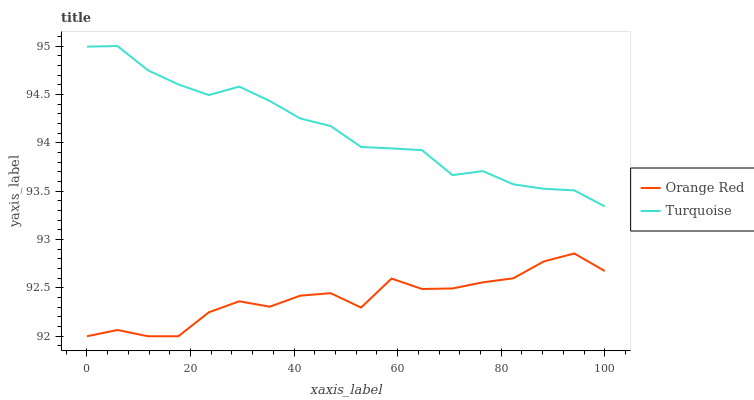
| xaxis_label | Orange Red | Turquoise |
 | --- | --- | --- |
 | 0 | 92 | 95 |
 | 5.88 | 92.1 | 95 |
 | 11.8 | 92 | 94.7 |
 | 17.6 | 92 | 94.6 |
 | 23.5 | 92.2 | 94.5 |
 | 29.4 | 92.4 | 94.6 |
 | 35.3 | 92.3 | 94.4 |
 | 41.2 | 92.4 | 94.3 |
 | 47.1 | 92.4 | 94.2 |
 | 52.9 | 92.3 | 94 |
 | 58.8 | 92.6 | 93.9 |
 | 64.7 | 92.5 | 93.9 |
 | 70.6 | 92.5 | 93.7 |
 | 76.5 | 92.6 | 93.7 |
 | 82.4 | 92.6 | 93.6 |
 | 88.2 | 92.8 | 93.5 |
 | 94.1 | 92.9 | 93.5 |
 | 100 | 92.7 | 93.3 |